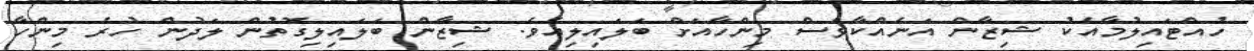
ހުއްޓައިލުމާއެކު ޝިޒާން އަނެއްކާވެސް މިންހާއަށް ބަލައިލިއެވެ. ޝިޒާން ބަލައިލިގޮތުން ލަދުން ހުރެ މިންހާ